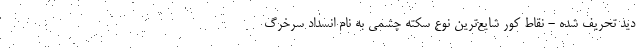
دید تحریف شده - نقاط کور شایع‌ترین نوع سکته چشمی به نام انسداد سرخرگ